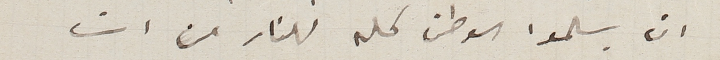
ان يسلموا الوطن كله للنار من ان